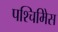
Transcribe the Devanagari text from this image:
पश्चिमिेस